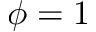
\phi = 1